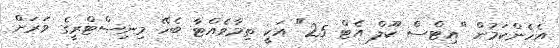
އެހެންކަމުން "އިޓްސް ކޫލް އެޓް 25" އަކީ ތިމާވެއްޓާ ބެހޭ މިނިސްޓްރީގެ ވަރަށް